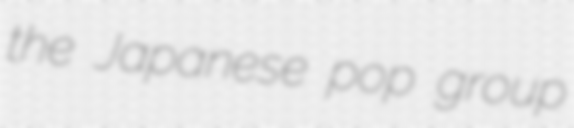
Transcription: the Japanese pop group